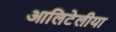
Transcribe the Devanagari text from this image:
आलिटेलीया